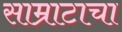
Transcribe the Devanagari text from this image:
साम्राटाचा